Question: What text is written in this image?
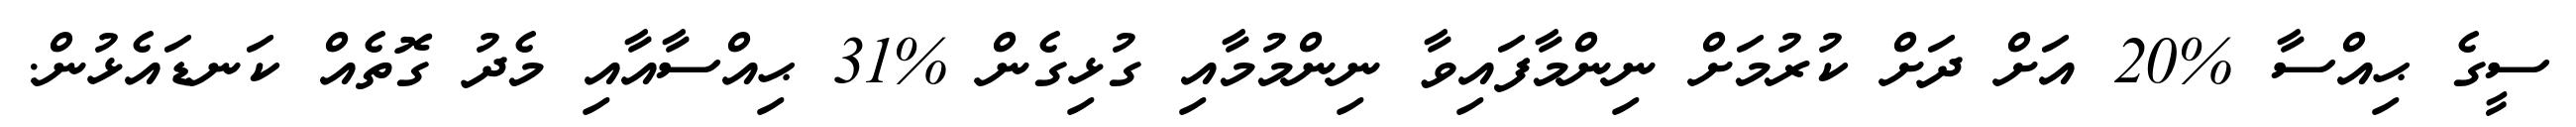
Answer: ސީގެ ޙިއްސާ %20 އަށް ދަށް ކުރުމަށް ނިންމާފައިވާ ނިންމުމާއި ގުޅިގެން %31 ޙިއްސާއާއި މެދު ގޮތެއް ކަނޑައެޅުން.